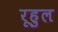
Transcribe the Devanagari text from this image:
रूहुल